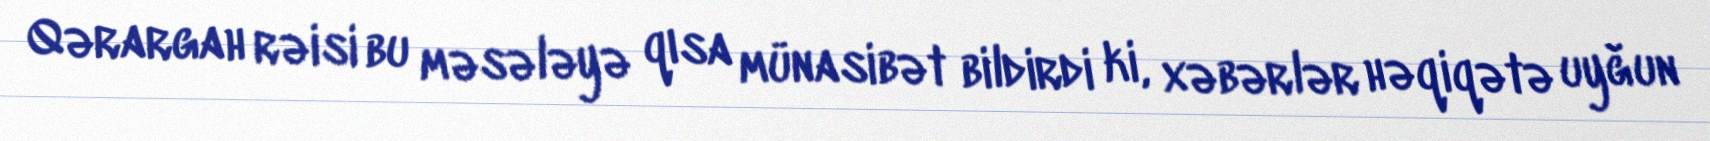
Qərargah rəisi bu məsələyə qısa münasibət bildirdi ki, xəbərlər həqiqətə uyğun